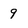
Character: 9